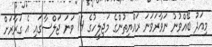
މިއަދު ބޭއްވުނު ނަވާރަވަނަ ރައްޔިތުންގެ މަޖިލީހުގެ 14 ވަނަ ޖަލްސާގައި އެ ގަރާރަށް